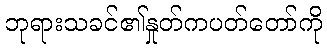
ဘုရားသခင်၏နှုတ်ကပတ်တော်ကို